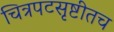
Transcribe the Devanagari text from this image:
चित्रपटसृष्टीतच